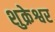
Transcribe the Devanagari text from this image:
शुक्रेश्वर